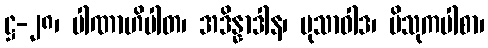
ဋ္ဌ-၂၈၊ ပါဏာဟိပါတ၊ အဒိန္နာဒါန၊ မုသာဝါဒ၊ ပိသုကပါစာ၊